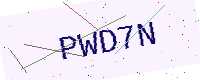
Text: PWD7N